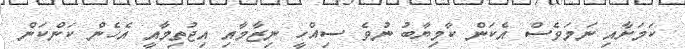
ކަމަށާއި ނަމަވެސް އެކަން ކާމިޔާބު ނުވެ ސިއްހީ ނިޒާމާއި އިޖުތިމާއީ އެހެން ކަންކަން